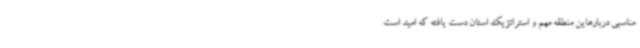
مناسبی دربارهاین منطقه مهم و استراتژیک استان دست یافته که امید است